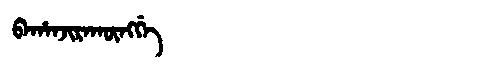
Manchu: ᠪᠠᡥᠠᠨᠵᡳᡵᠠᡴᡡᠩᡤᡝ
Romanization: BAHANJIRAKŪNGGE